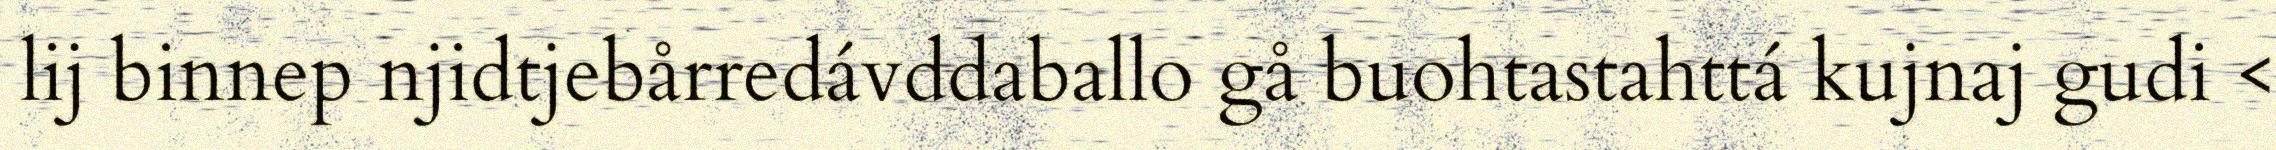
lij binnep njidtjebårredávddaballo gå buohtastahttá kujnaj gudi <